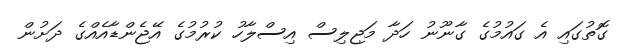
ގޮތުގައި އެ ގައުމުގެ ގާނޫނު ހަދާ މަޖިލިސް އިސްލާހު ކުރުމުގެ އޭޖެންޑާއެއްގެ ދަށުން